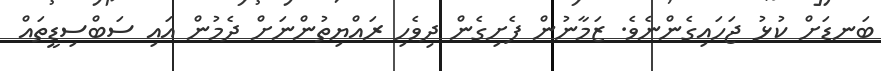
ބަނޑަށް ކުޅު ޖަހައިގެންނެެވެ. ޒަމާނުން ފެށިގެން ދިވެހި ރައްޔިތުންނަށް ދެމުން އައި ސަބްސިޑީތައް